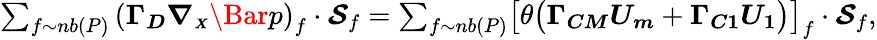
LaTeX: \begin{array}{r}{\sum_{f\sim nb(P)}\left(\boldsymbol{\Gamma_{D}}\boldsymbol{\nabla_{\scriptscriptstyle X}}\Bar{p}\right)_{f}\cdot\boldsymbol{\mathcal{S}}_{f}=\sum_{f\sim nb(P)}\bigl[\theta\bigl(\boldsymbol{\Gamma_{CM}}\boldsymbol{U_{m}}+\boldsymbol{\Gamma_{C1}}\boldsymbol{U_{1}}\bigr)\bigr]_{f}\cdot\boldsymbol{\mathcal{S}}_{f},}\end{array}